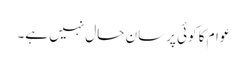
عوام کا کوئی پرسان حال نہیں ہے۔